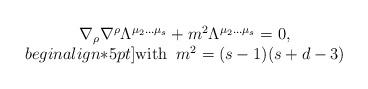
LaTeX: \begin{align*}\begin{array}{c}\nabla_{\rho}\nabla^{\rho}\Lambda^{\mu_2\ldots\mu_s}+m^2\Lambda^{\mu_2\ldots\mu_s}=0,\\begin{align*}5pt]\mbox{with}\;\;m^2=(s-1)(s+d-3)\end{array}\end{align*}